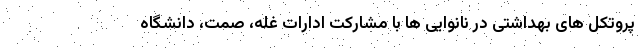
پروتکل های بهداشتی در نانوایی ها با مشارکت ادارات غله، صمت، دانشگاه